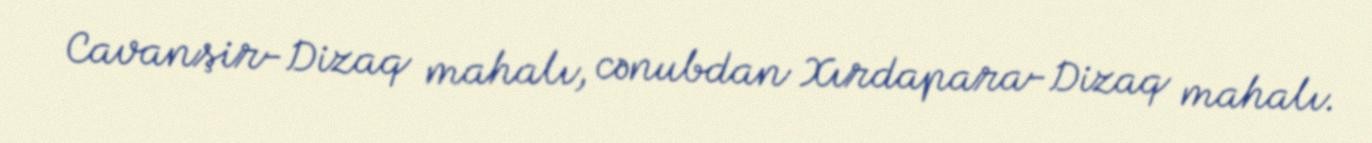
Cavanşir-Dizaq mahalı, cənubdan Xırdapara-Dizaq mahalı.